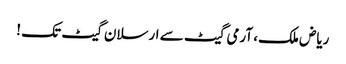
ریاض ملک، آرمی گیٹ سے ارسلان گیٹ تک !